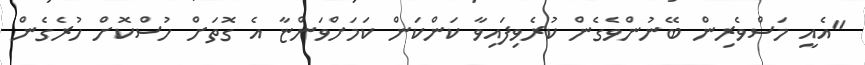
"އެއީ މަސްވެރިން ބޭނުންވެގެން ކުރެވިފައިވާ ކަންކަން ކަމަށްވަންޏާ އެ ގޮތަށް ހުސްކޮށް ހުރެގެން